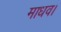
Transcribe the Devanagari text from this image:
माधव।